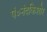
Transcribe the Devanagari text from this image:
पं०नंदकिशोर